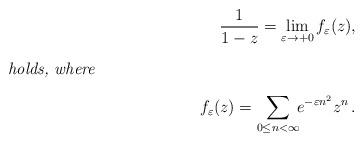
LaTeX: \begin{align*}\frac{1}{1-z}=\lim_{\varepsilon\to+0}f_{\varepsilon}(z),\\\intertext{\textit{holds, where}}f_\varepsilon(z)\stackrel{\scriptscriptstyle{}}{=}\sum_{0\leq{}n<\infty}\!\!e^{-\varepsilon{}n^2}z^n\,.\end{align*}